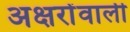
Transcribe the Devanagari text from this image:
अक्षरोंवाली